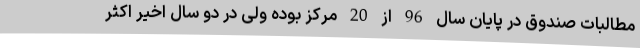
مطالبات صندوق در پایان سال 96 از 20 مرکز بوده ولی در دو سال اخیر اکثر